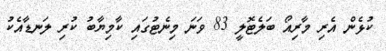
ކުޅެން އެރި މާރިއޯ ބަލެޓޮލީ 83 ވަނަ މިނެޓުގައި ކާމިޔާބު ކުރި ލަނޑާއެކު